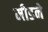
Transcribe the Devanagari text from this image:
मीडने